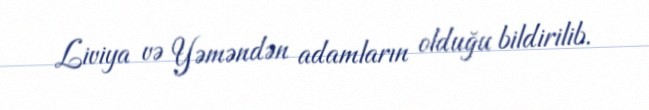
Liviya və Yəməndən adamların olduğu bildirilib.